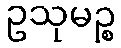
ဥသုမဉ္စ